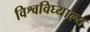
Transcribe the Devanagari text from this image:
विश्वविघ्याल्य